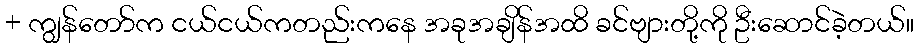
+ ကျွန်တော်က ငယ်ငယ်ကတည်းကနေ အခုအချိန်အထိ ခင်ဗျားတို့ကို ဦးဆောင်ခဲ့တယ်။